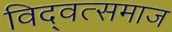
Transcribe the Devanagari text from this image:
विद्‍वत्समाज